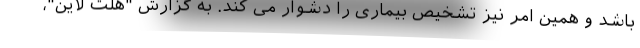
باشد و همین امر نیز تشخیص بیماری را دشوار می کند. به گزارش "هلث لاین"،